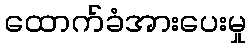
ထောက်ခံအားပေးမှု